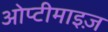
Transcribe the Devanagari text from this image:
ओप्टीमाइज़